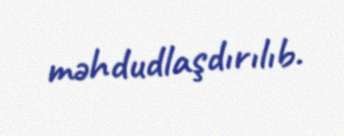
məhdudlaşdırılıb.